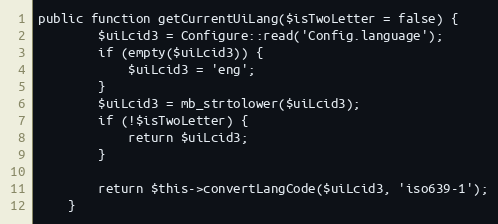
Language: PHP
public function getCurrentUiLang($isTwoLetter = false) {
		$uiLcid3 = Configure::read('Config.language');
		if (empty($uiLcid3)) {
			$uiLcid3 = 'eng';
		}
		$uiLcid3 = mb_strtolower($uiLcid3);
		if (!$isTwoLetter) {
			return $uiLcid3;
		}

		return $this->convertLangCode($uiLcid3, 'iso639-1');
	}